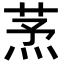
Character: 𦱻